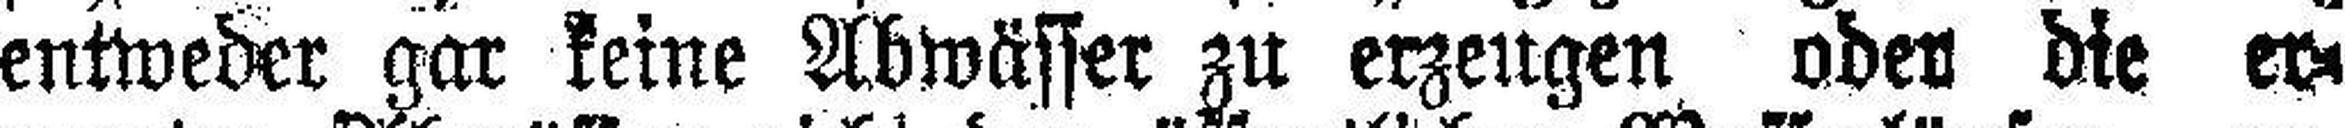
entweder gar keine Abwässer zu erzeugen oder die er¬